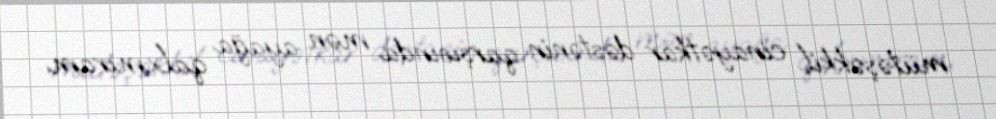
mütəşəkkil cinayətkar dəstənin qarşısında mən ayağa qalxmıram.